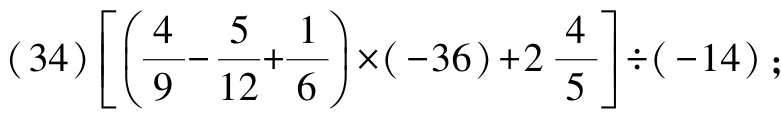
\((34)\left[\left(\dfrac{4}{9}-\dfrac{5}{12}+\dfrac{1}{6}\right)\times(-36)+2\dfrac{4}{5}\right]\div(-14);\)